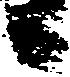
候